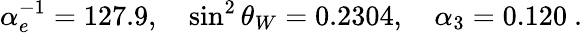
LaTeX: \alpha_{e}^{-1}=127.9,\quad\sin^{2}\theta_{W}=0.2304,\quad\alpha_{3}=0.120\ .